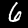
Label: 6